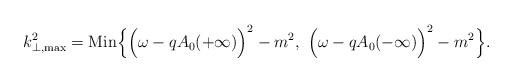
\begin{align*}{k}_{\perp, {\rm max}}^2 = {\rm Min} \Bigl\{ \Bigl(\omega - q A_0(+ \infty) \Bigr)^2 - m^2, ~\Bigl(\omega - q A_0 (- \infty)\Bigr)^2 - m^2 \Bigr\}.\end{align*}